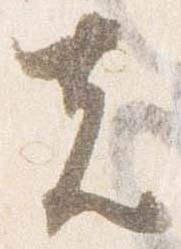
者